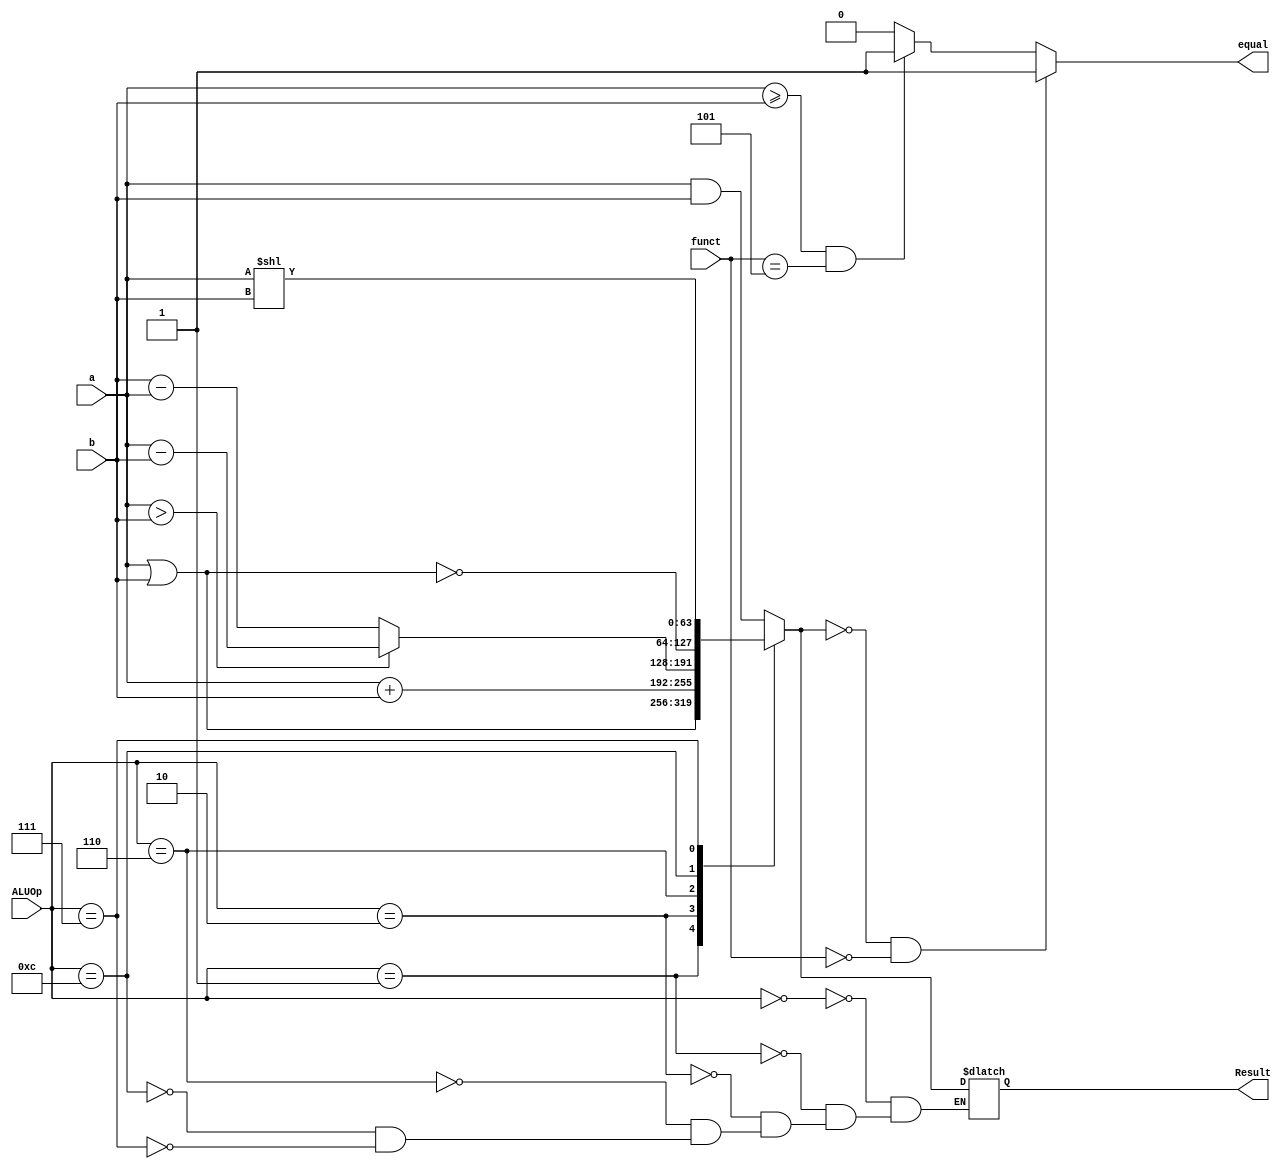
module alu_64(
	input [63:0] a, 
    input [63:0] b,
    input [3:0] ALUOp,
    input [2:0] funct,
	output reg [63:0] Result,
	output reg equal
);
  always @(*)
    begin
      //generates result according 
      //to the given input ALUop
      case(ALUOp) 
        4'b0000: Result = a & b;
        4'b0001: Result = a | b;
        4'b0010: Result = a + b ; 
        4'b0110:
          if (a>b)
              Result = a - b;
        else
          Result = b - a;
        4'b1100: Result = ~(a|b);
        4'b0111: Result = a << b;
        
      endcase
      
      if ( Result==64'b0 & funct == 3'b000)   //beq     //if equal
		begin
			equal = 1'b1;
		end
      else if ((a>=b) & funct == 3'b101) 
		begin
			equal = 1'b1; 

		end
      else
        equal =0;
    end
  
endmodule